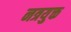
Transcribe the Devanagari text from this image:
नत्रयुक्त